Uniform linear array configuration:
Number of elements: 24
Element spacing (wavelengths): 0.75
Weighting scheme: hamming
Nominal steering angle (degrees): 0
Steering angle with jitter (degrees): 0.1257
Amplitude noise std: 0.05
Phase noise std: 0.05

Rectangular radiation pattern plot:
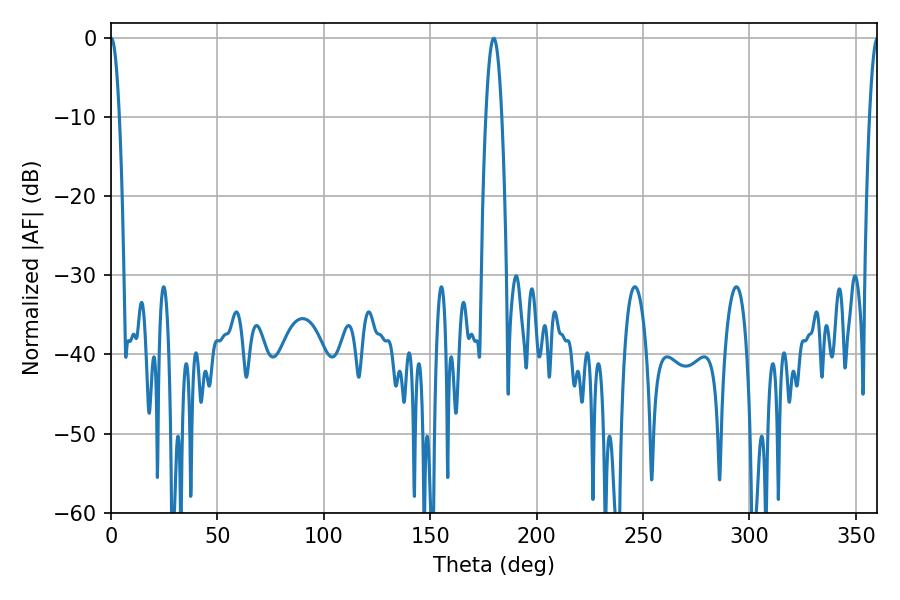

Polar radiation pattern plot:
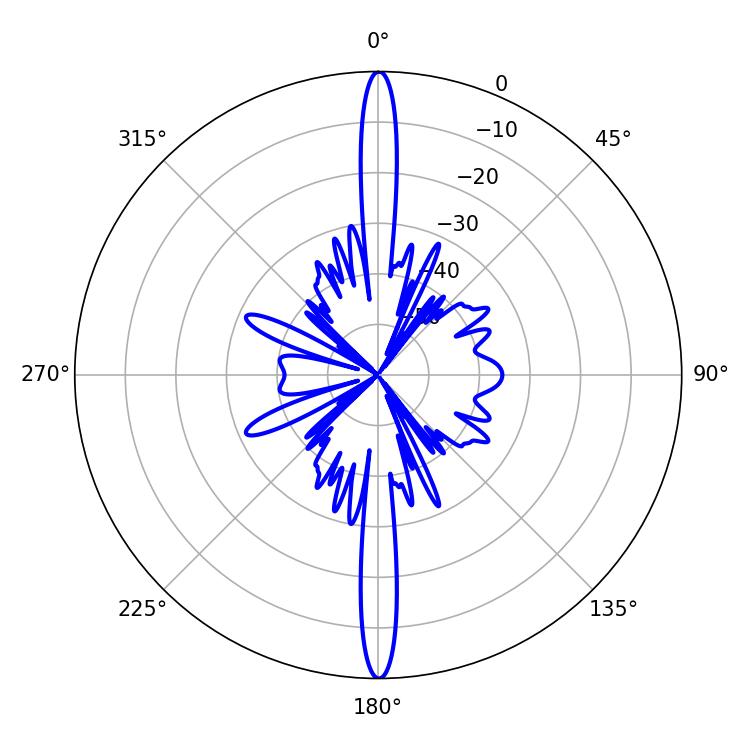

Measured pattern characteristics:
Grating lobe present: TRUE
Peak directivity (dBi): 36.921
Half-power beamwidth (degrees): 4.14
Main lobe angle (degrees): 179.82